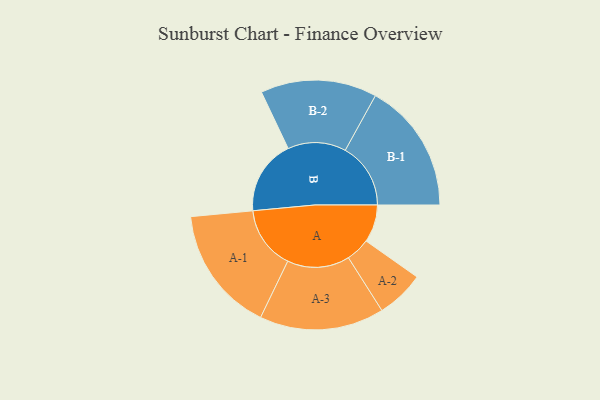
{"axis": {"x": "Segment", "y": "Value"}, "legend": ["", "A", "B"], "data": [{"x": "A", "y": 171, "type": ""}, {"x": "B", "y": 340, "type": ""}, {"x": "A-1", "y": 286, "type": "A"}, {"x": "A-2", "y": 109, "type": "A"}, {"x": "A-3", "y": 283, "type": "A"}, {"x": "B-1", "y": 297, "type": "B"}, {"x": "B-2", "y": 264, "type": "B"}]}